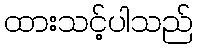
ထားသင့်ပါသည်